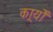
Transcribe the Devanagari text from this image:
कार्र्यों